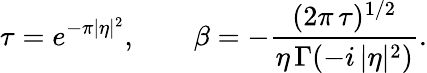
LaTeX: \tau=e^{-\pi|\eta|^{2}},\qquad\beta=-\frac{(2\pi\, \tau)^{1/2}}{\eta\, \Gamma(-i\, |\eta|^{2})}.